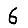
Digit: 6